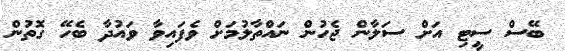
ބޭސް ސީޓި އަށް ސަލާން ޖެހުން ނައްތާލުމަށް ވެފައިވާ ވައުދާ ބެހޭ ގޮތުން